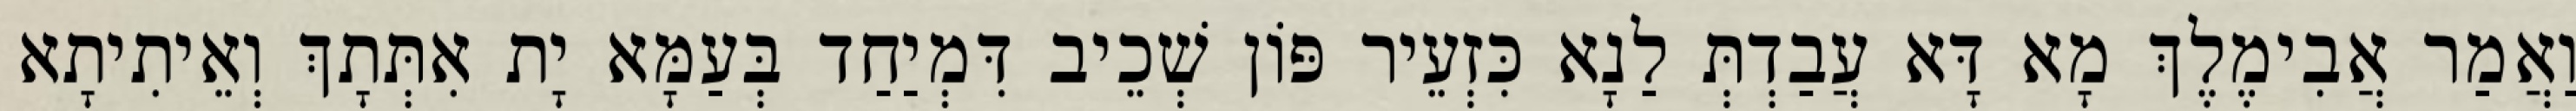
וַאֲמַר אֲבִימֶלֶךְ מָא דָּא עֲבַדְתְּ לַנָא כִּזְעֵיר פּוֹן שְׁכֵיב דִּמְיַחַד בְּעַמָּא יָת אִתְּתָךְ וְאֵיתִיתָא